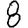
Digit: 8